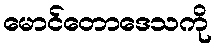
မောင်တောဒေသကို